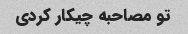
تو مصاحبه چیکار کردی